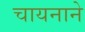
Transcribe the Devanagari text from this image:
चायनाने